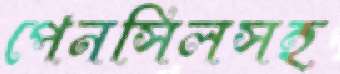
পেনসিলসহ